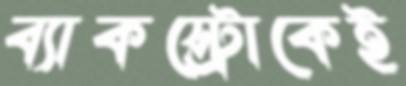
ব্যাকস্ট্রোকেই